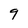
Character: 9